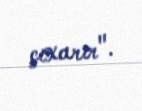
çıxarır".